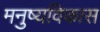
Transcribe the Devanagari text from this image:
मनुष्यविकास